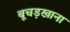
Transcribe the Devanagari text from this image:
बूचड़खाना